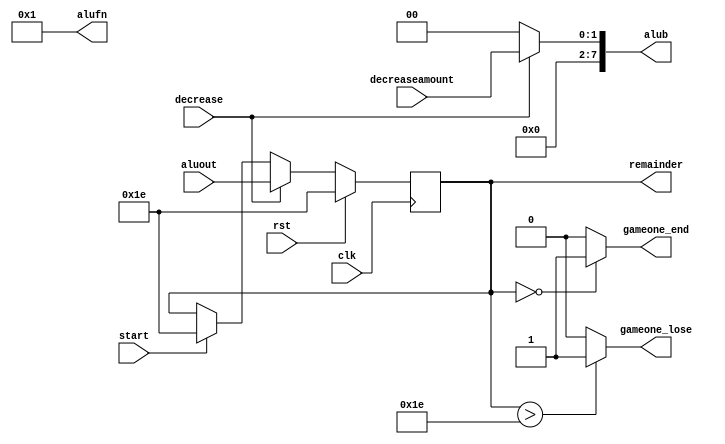
/*
   This file was generated automatically by the Mojo IDE version B1.2.6.
   Do not edit this file directly. Instead edit the original Lucid source.
   This is a temporary file and any changes made to it will be destroyed.
*/

/*
   Parameters:
     SIZE = 8
     DIV = 0
     BOTTOM = 0
     UP = 0
*/
module gameonedecreasecounter_53 (
    input clk,
    input rst,
    input start,
    input decrease,
    input [1:0] decreaseamount,
    input [7:0] aluout,
    output reg [7:0] alub,
    output reg [5:0] alufn,
    output reg gameone_end,
    output reg gameone_lose,
    output reg [7:0] remainder
  );
  
  localparam SIZE = 4'h8;
  localparam DIV = 1'h0;
  localparam BOTTOM = 1'h0;
  localparam UP = 1'h0;
  
  
  reg [7:0] M_ctr_d, M_ctr_q = 8'h1e;
  
  localparam MIN_VALUE = 1'h0;
  
  always @* begin
    M_ctr_d = M_ctr_q;
    
    alufn = 6'h01;
    alub = 1'h0;
    gameone_end = 1'h0;
    gameone_lose = 1'h0;
    remainder = M_ctr_q[0+7-:8];
    if (start) begin
      M_ctr_d = 8'h1e;
    end
    if (1'h1) begin
      if (decrease) begin
        alub = decreaseamount;
        M_ctr_d = aluout;
      end
      if (M_ctr_q == 1'h0) begin
        gameone_end = 1'h1;
      end
      if (M_ctr_q > 8'h1e) begin
        gameone_lose = 1'h1;
      end
    end
  end
  
  always @(posedge clk) begin
    if (rst == 1'b1) begin
      M_ctr_q <= 8'h1e;
    end else begin
      M_ctr_q <= M_ctr_d;
    end
  end
  
endmodule